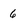
Character: 6